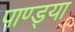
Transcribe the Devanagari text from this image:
पाण्ड्या